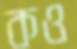
কও